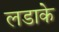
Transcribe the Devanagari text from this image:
लडाके